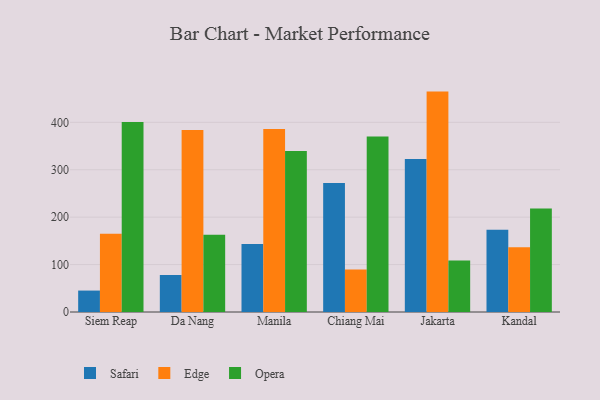
{"axis": {"x": "City", "y": "Latency (ms)"}, "legend": ["Edge", "Opera", "Safari"], "data": [{"x": "Siem Reap", "y": 45.2, "type": "Safari"}, {"x": "Siem Reap", "y": 164.9, "type": "Edge"}, {"x": "Siem Reap", "y": 400.8, "type": "Opera"}, {"x": "Da Nang", "y": 78.1, "type": "Safari"}, {"x": "Da Nang", "y": 384.0, "type": "Edge"}, {"x": "Da Nang", "y": 162.9, "type": "Opera"}, {"x": "Manila", "y": 143.6, "type": "Safari"}, {"x": "Manila", "y": 385.7, "type": "Edge"}, {"x": "Manila", "y": 339.6, "type": "Opera"}, {"x": "Chiang Mai", "y": 272.1, "type": "Safari"}, {"x": "Chiang Mai", "y": 89.8, "type": "Edge"}, {"x": "Chiang Mai", "y": 370.1, "type": "Opera"}, {"x": "Jakarta", "y": 322.7, "type": "Safari"}, {"x": "Jakarta", "y": 464.8, "type": "Edge"}, {"x": "Jakarta", "y": 108.7, "type": "Opera"}, {"x": "Kandal", "y": 173.2, "type": "Safari"}, {"x": "Kandal", "y": 136.3, "type": "Edge"}, {"x": "Kandal", "y": 218.3, "type": "Opera"}]}